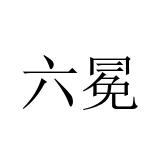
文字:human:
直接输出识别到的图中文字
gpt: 六冕